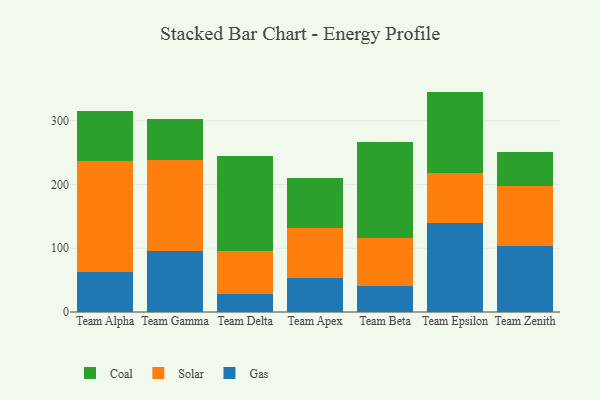
{"axis": {"x": "Team", "y": "Bounce Rate (%)"}, "legend": ["Coal", "Gas", "Solar"], "data": [{"x": "Team Alpha", "y": 62.3, "type": "Gas"}, {"x": "Team Alpha", "y": 174.4, "type": "Solar"}, {"x": "Team Alpha", "y": 78.1, "type": "Coal"}, {"x": "Team Gamma", "y": 96.3, "type": "Gas"}, {"x": "Team Gamma", "y": 142.2, "type": "Solar"}, {"x": "Team Gamma", "y": 64.6, "type": "Coal"}, {"x": "Team Delta", "y": 27.8, "type": "Gas"}, {"x": "Team Delta", "y": 68.3, "type": "Solar"}, {"x": "Team Delta", "y": 148.7, "type": "Coal"}, {"x": "Team Apex", "y": 53.7, "type": "Gas"}, {"x": "Team Apex", "y": 78.1, "type": "Solar"}, {"x": "Team Apex", "y": 78.0, "type": "Coal"}, {"x": "Team Beta", "y": 40.5, "type": "Gas"}, {"x": "Team Beta", "y": 75.8, "type": "Solar"}, {"x": "Team Beta", "y": 149.6, "type": "Coal"}, {"x": "Team Epsilon", "y": 139.1, "type": "Gas"}, {"x": "Team Epsilon", "y": 78.2, "type": "Solar"}, {"x": "Team Epsilon", "y": 128.3, "type": "Coal"}, {"x": "Team Zenith", "y": 103.6, "type": "Gas"}, {"x": "Team Zenith", "y": 93.9, "type": "Solar"}, {"x": "Team Zenith", "y": 54.1, "type": "Coal"}]}